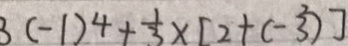
3 ( - 1 ) ^ { 4 } + \frac { 1 } { 3 } \times [ 2 + ( - 3 ^ { 2 } ) ]